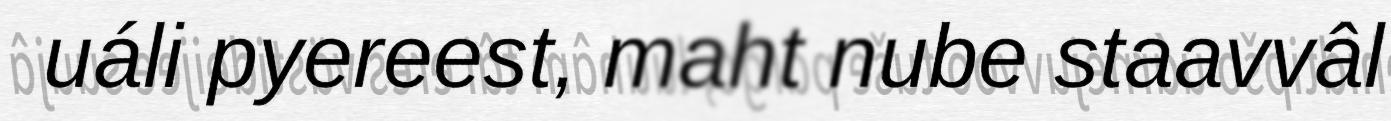
uáli pyereest, maht nube staavvâl